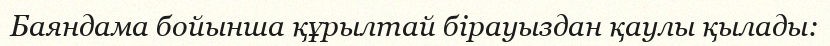
Баяндама бойынша құрылтай бірауыздан қаулы қылады: